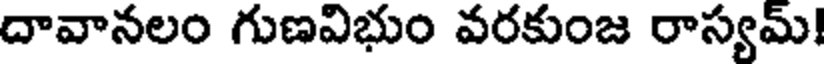
దావానలం గుణవిభుం వరకుంజ రాస్యమ్!